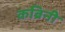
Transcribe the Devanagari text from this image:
कब्रिनी